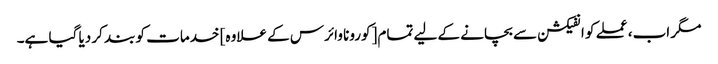
مگر اب، عملے کو انفیکشن سے بچانے کے لیے تمام [کورونا وائرس کے علاوہ] خدمات کو بند کر دیا گیا ہے۔